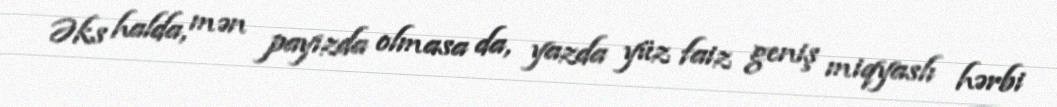
Əks halda, mən payızda olmasa da, yazda yüz faiz geniş miqyaslı hərbi